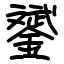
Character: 𨭉